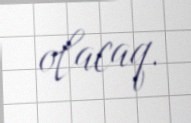
olacaq.